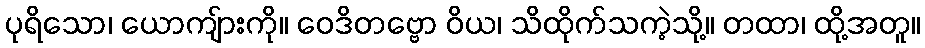
ပုရိသော၊ ယောကျ်ားကို။ ဝေဒိတဗ္ဗော ဝိယ၊ သိထိုက်သကဲ့သို့။ တထာ၊ ထို့အတူ။